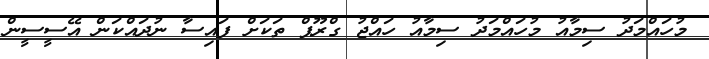
މުހައްމަދު ސިމާއު މުހައްމަދު ސިމާއު ހައްޖު ގްރޫޕް ތަކަށް ފައިސާ ނުދައްކަން އޭސީސީން